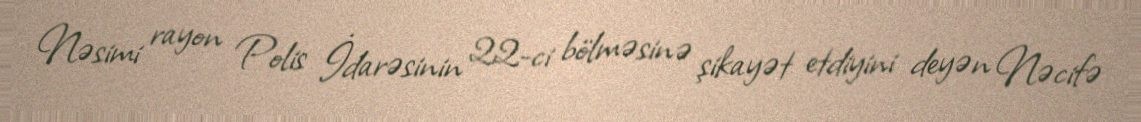
Nəsimi rayon Polis İdarəsinin 22-ci bölməsinə şikayət etdiyini deyən Nəcifə